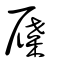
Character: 屧